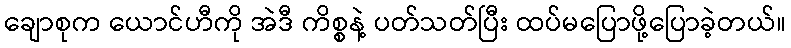
ချောစုက ယောင်ဟီကို အဲဒီ ကိစ္စနဲ့ ပတ်သတ်ပြီး ထပ်မပြောဖို့ပြောခဲ့တယ်။